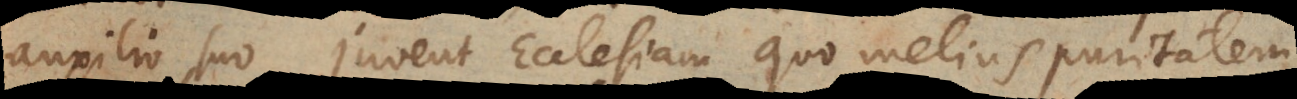
auxilio suo juvent Ecclesiam quo melius puritatem